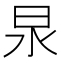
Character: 𭥚